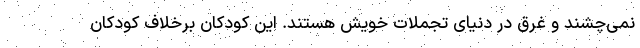
نمی‌چشند و غرق در دنیای تجملات خویش هستند. این کودکان برخلاف کودکان